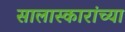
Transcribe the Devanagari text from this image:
सालास्कारांच्या